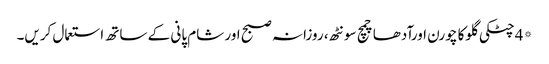
*4چٹکی گلوکا چورن اورآدھاچمچ سونٹھ، روزانہ صبح اور شام پانی کے ساتھ استعمال کریں۔